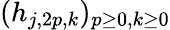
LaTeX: (h_{j,2p,k})_{p{\geq}0,k{\geq}0}